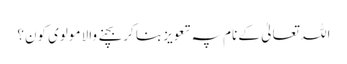
اللہ تعالیٰ کے نام پہ تعویز بنا کر بچنے والا مولوی کون؟